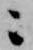
ニ